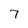
Character: 7